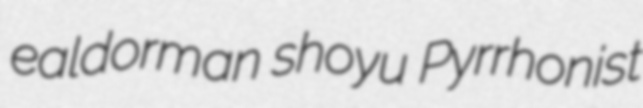
ealdorman shoyu Pyrrhonist